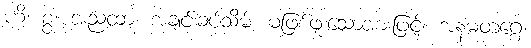
ဟိ၊ စွ။ အညထာ၊ အချင်းခပ်သိမ်း မဖြစ်ဖူးသောအားဖြင့်။ အနမတဂ္ဂေ၊